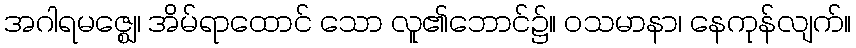
အဂါရမဇ္ဈေ၊ အိမ်ရာထောင် သော လူ၏ဘောင်၌။ ဝသမာနာ၊ နေကုန်လျက်။